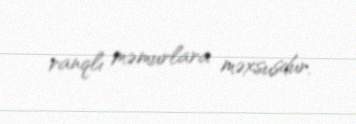
ranqlı məmurlara məxsusdur.